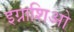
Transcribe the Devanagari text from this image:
इग्नाशिओ